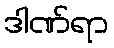
ဒါဏ်ရာ